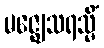
မဇ္ဈေသရသ္မိံ